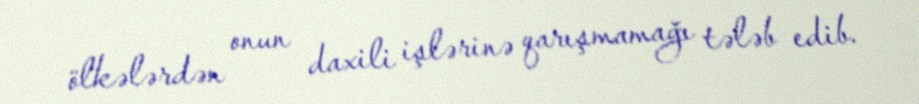
ölkələrdən onun daxili işlərinə qarışmamağı tələb edib.